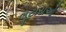
લૂટારાઓ